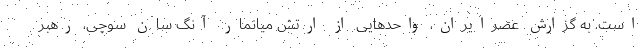
است. به گزارش عصرایران، واحدهایی از ارتش میانمار آنگ سان سوچی، رهبر